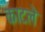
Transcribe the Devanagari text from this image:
काटले